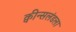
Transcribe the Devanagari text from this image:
क्वीन्सलंडला